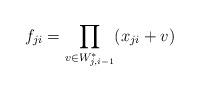
LaTeX: \begin{align*}f_{ji}=\prod_{v\in W_{j,i-1}^{*}} (x_{ji}+v)\end{align*}